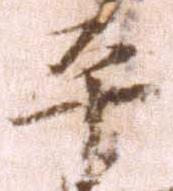
平